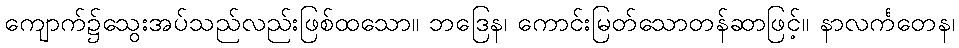
ကျောက်၌သွေးအပ်သည်လည်းဖြစ်ထသော။ ဘဒြေန၊ ကောင်းမြတ်သောတန်ဆာဖြင့်။ နာလင်္ကတေန၊